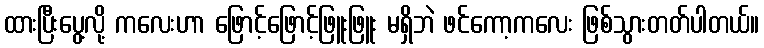
ထားပြီးပွေ့လို့ ကလေးဟာ ဖြောင့်ဖြောင့်ဖြူးဖြူး မရှိဘဲ ဖင်ကော့ကလေး ဖြစ်သွားတတ်ပါတယ်။